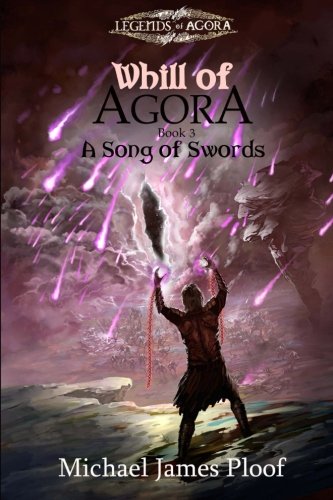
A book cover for A Song of Swords: Book 3 Whill of Agora (Legends of Agora) (Volume 3); Michael James Ploof; Science Fiction & Fantasy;